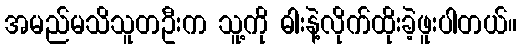
အမည်မသိသူတဦးက သူ့ကို ဓါးနဲ့လိုက်ထိုးခဲ့ဖူးပါတယ်။